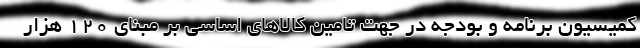
کمیسیون برنامه و بودجه در جهت تامین کالا‌های اساسی بر مبنای ۱۲۰ هزار